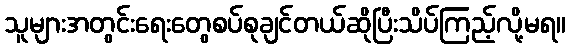
သူများအတွင်းရေးတွေစပ်စုချင်တယ်ဆိုပြီးသိပ်ကြည့်လို့မရ။